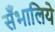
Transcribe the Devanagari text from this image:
सँभालिये